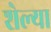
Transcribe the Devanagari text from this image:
शेल्या